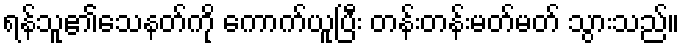
ရန်သူ၏သေနတ်ကို ကောက်ယူပြီး တန်းတန်းမတ်မတ် သွားသည်။